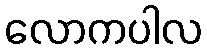
လောကပါလ